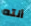
أنته